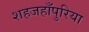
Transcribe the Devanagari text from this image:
शहजहाँपुरिया